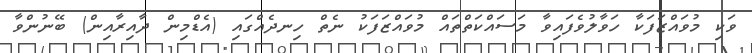
ވަކި މުވައްޒަފަކާ ހަވާލުވެފައިވާ މަސައްކަތްތައް މުވައްޒަފަކު ނެތް ހިނދެއްގައި (އެޑްމިން ދާއިރާއިން) ބޭނުންވާ